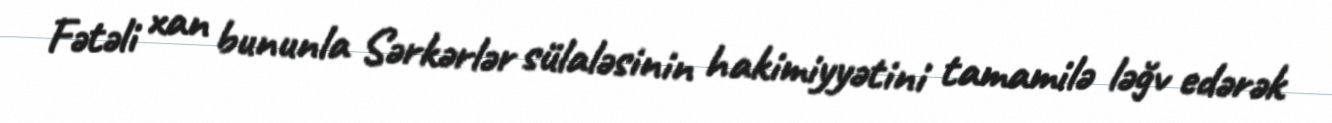
Fətəli xan bununla Sərkərlər sülaləsinin hakimiyyətini tamamilə ləğv edərək